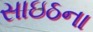
સાઇઠના